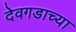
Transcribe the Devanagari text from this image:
देवगडाच्या